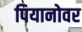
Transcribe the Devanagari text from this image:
पियानोवर